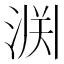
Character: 𫞘